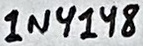
Text: 1N4148